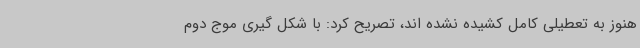
هنوز به تعطیلی کامل کشیده نشده اند، تصریح کرد: با شکل گیری موج دوم